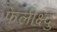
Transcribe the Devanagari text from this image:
फेलीक्ष्दु